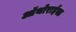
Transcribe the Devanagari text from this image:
ऑथोराईस्ड